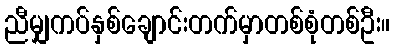
ညီမျှကပ်နှစ်ချောင်းတက်မှာတစ်စုံတစ်ဦး။